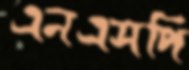
এনএসপি